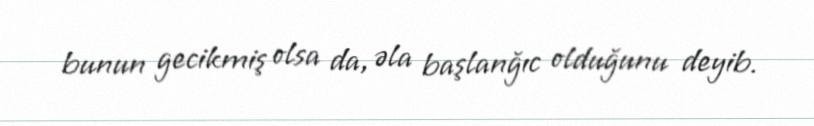
bunun gecikmiş olsa da, əla başlanğıc olduğunu deyib.